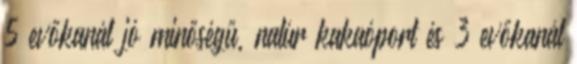
5 evőkanál jó minőségű, natúr kakaóport és 3 evőkanál